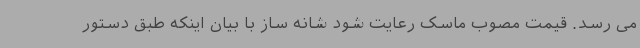
می رسد. قیمت مصوب ماسک رعایت شود شانه ساز با بیان اینکه طبق دستور